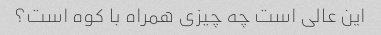
این عالی است چه چیزی همراه با کوه است؟